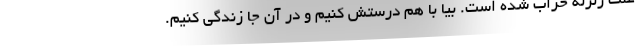
علت زلزله خراب شده است. بیا با هم درستش کنیم و در آن جا زندگی کنیم.